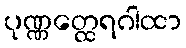
ပုဏ္ဏတ္ထေရဂါထာ